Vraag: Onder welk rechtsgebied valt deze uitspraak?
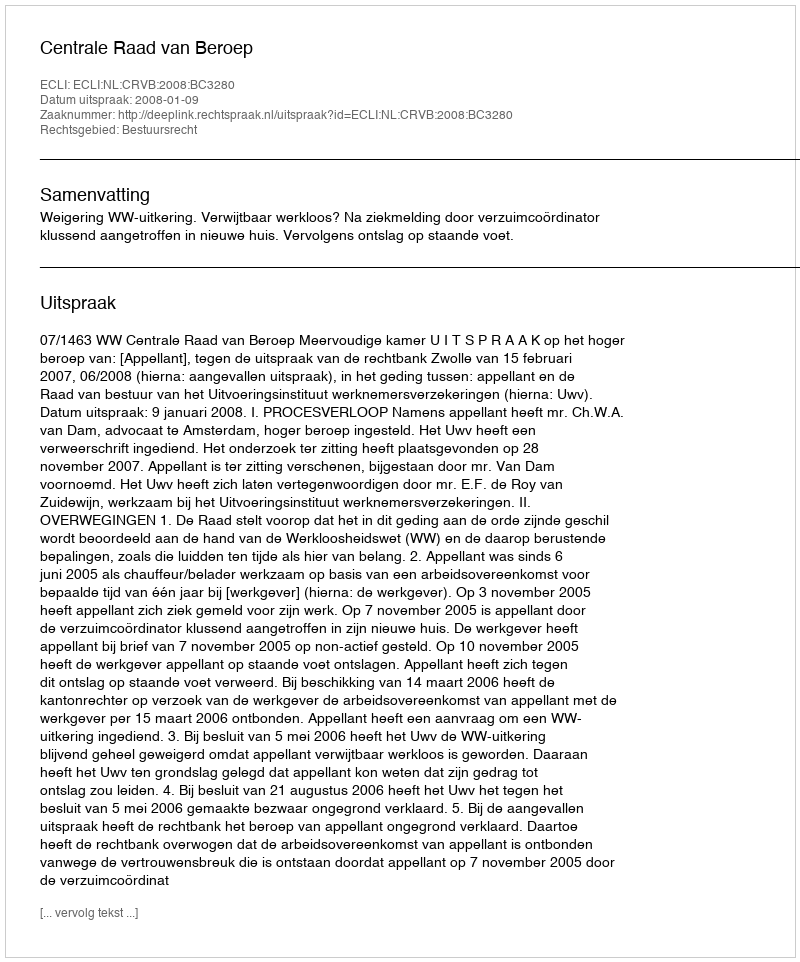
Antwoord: Bestuursrecht